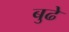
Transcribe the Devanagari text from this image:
बुढे